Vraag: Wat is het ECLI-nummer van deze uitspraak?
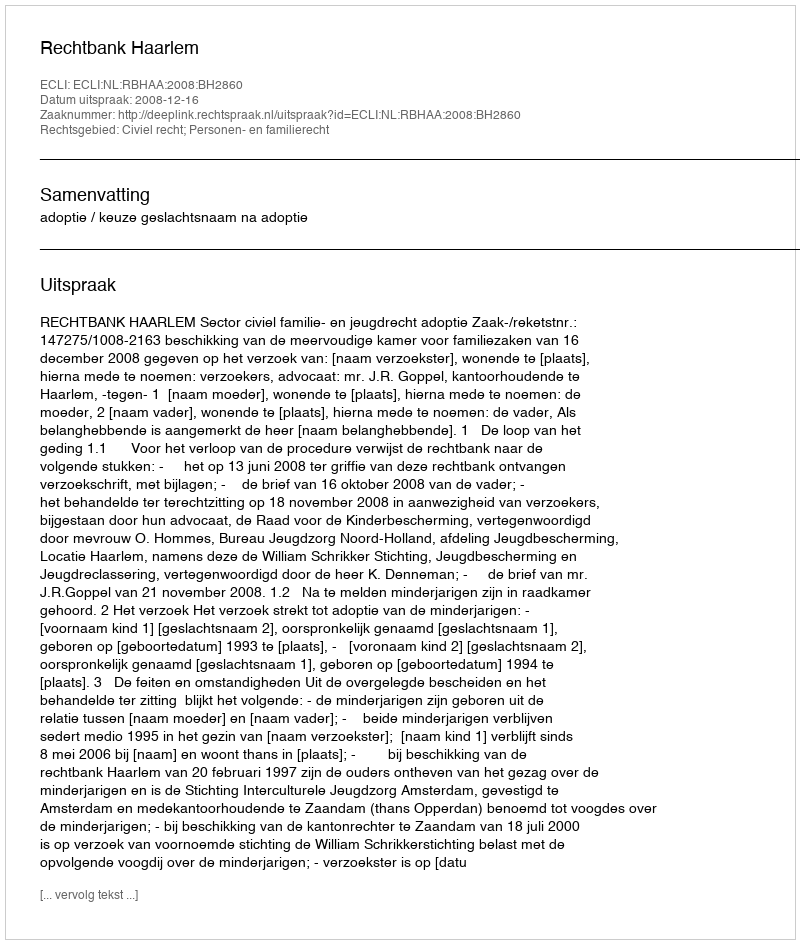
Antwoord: ECLI:NL:RBHAA:2008:BH2860